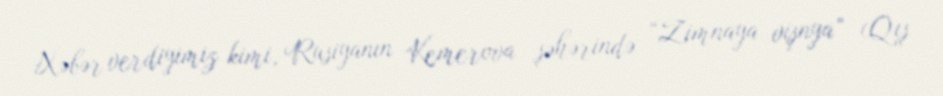
Xəbər verdiyimiz kimi, Rusiyanın Kemerova şəhərində “Zimnaya vişnya” (Qış